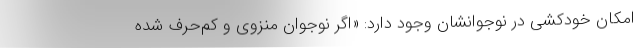
امکان خودکشی در نوجوانشان وجود دارد: «اگر نوجوان منزوی و کم‌حرف شده